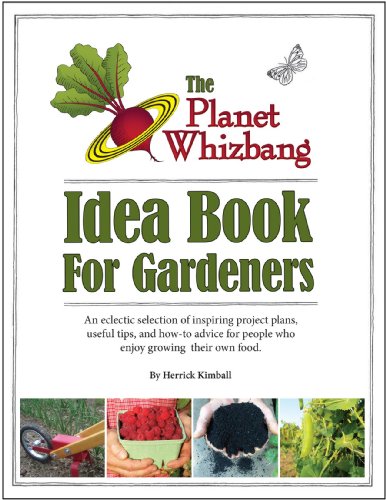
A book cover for The Planet Whizbang Idea Book For Gardeners; Herrick Kimball; Crafts, Hobbies & Home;